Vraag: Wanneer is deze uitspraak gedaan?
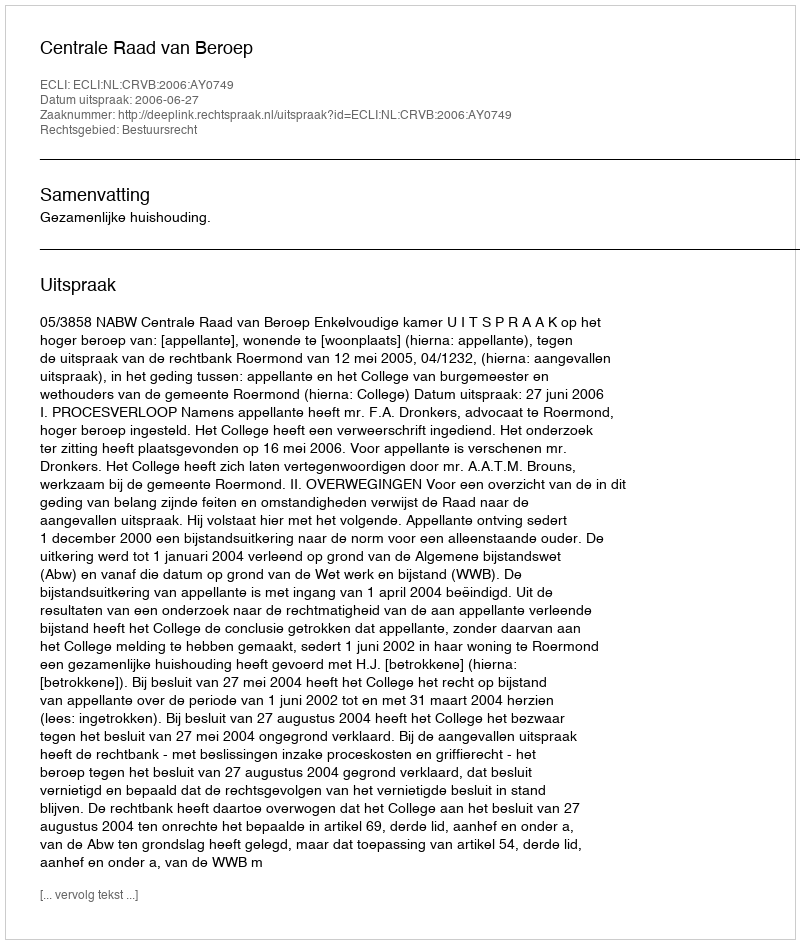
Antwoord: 2006-06-27